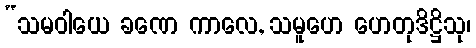
“သမဝါယေ ခဏေ ကာလေ, သမူဟေ ဟေတုဒိဋ္ဌိသု၊